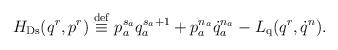
LaTeX: \begin{align*}H_{\rm Ds}(q^r,p^r) \stackrel{\rm def}{\equiv} p_a^{s_a}q_a^{s_a+1} +p_a^{n_a}\dot{q}_a^{n_a} - L_{\rm q}(q^r,\dot{q}^n).\end{align*}